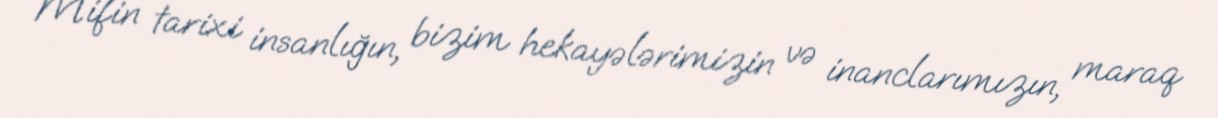
Mifin tarixi insanlığın, bizim hekayələrimizin və inanclarımızın, maraq